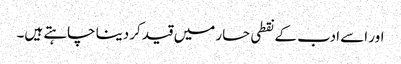
اور اسے ادب کے نقطی حسار میں قید کردینا چاہتے ہیں۔